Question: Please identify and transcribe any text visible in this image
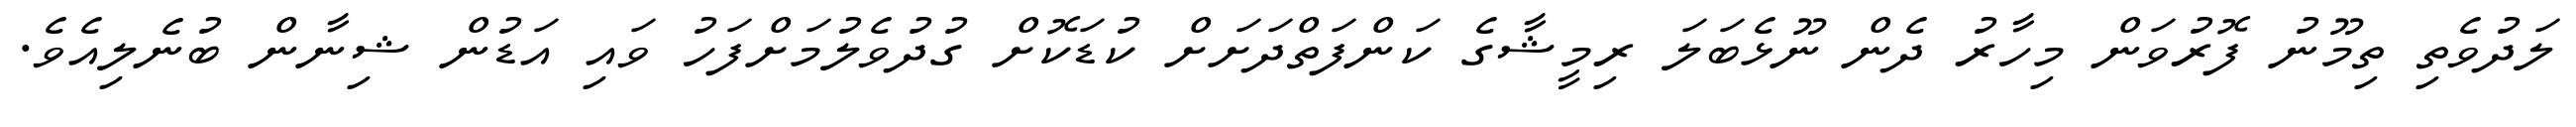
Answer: ލަދުވެތި ތިމޫނު ފޮރުވަން މިހާރު ދެން ނޫޅެބަލަ ރިމީޝާގެ ކަންފަތްދަށަށް ކުޑަކޮށް ގުދުވެލުމަށްފަހު ވައި އަޑުން ޝިނާން ބުނެލިއެވެ.